Annual report on the working of the lock hospitals in the North-Western Provinces and Oudh
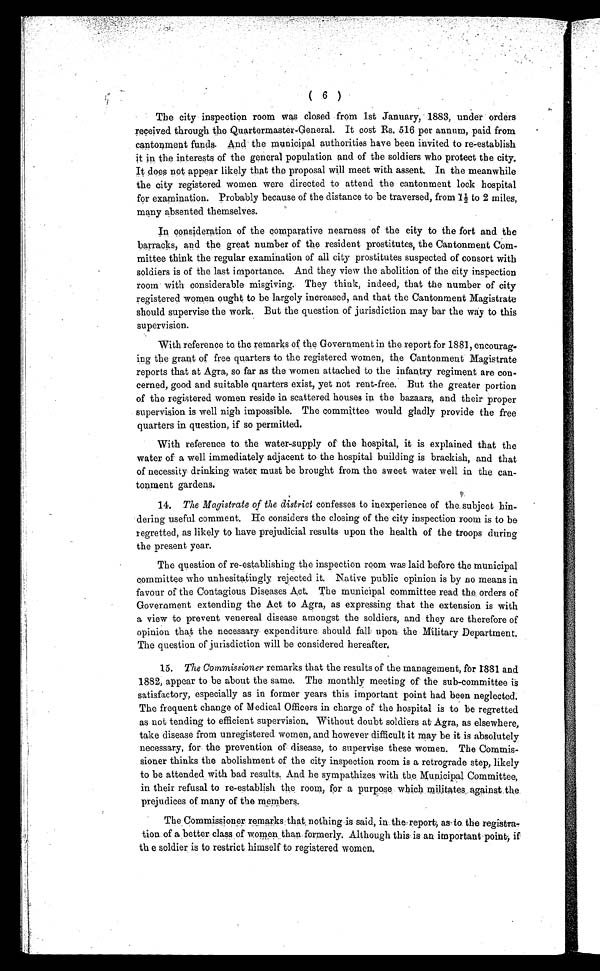
( 6 )
The city inspection room was closed from 1st January, 1883, under orders
received through the Quartermaster-General. It cost Es. 516 per annum, paid from
cantonment funds. And the Municipal authorities have been invited to re-establish
it in the interests of the general population and of the soldiers who protect the city.
It does not appear likely that the proposal will meet with assent. In the meanwhile
the city registered women were directed to attend the cantonment lock hospital
for examination. Probably because of the distance to be traversed, from 1½ to 2 miles,
many absented themselves.
In consideration of the comparative nearness of the city to the fort and the
barracks, and the great number of the resident prostitutes, the Cantonment Com-
mittee think the regular examination of all city prostitutes suspected of consort with
soldiers is of the last importance. And they view the abolition of the city inspection
room with considerable misgiving. They think, indeed, that the number of city
registered women ought to be largely increased, and that the Cantonment Magistrate
should supervise the work. But the question of jurisdiction may bar the way to this
supervision.
With reference to the remarks of the Government in the report for 1881, encourag
- i n g t h e g r a n t o f f r e e q u a r t e r s t o t h e r e g i s t e r e d w o m e n , t h e C a n t o n m e n t M a g i s t r a t e
reports that at Agra, so far as the women attached to the infantry regiment are con-
cerned, good and suitable quarters exist, yet not rent-free. But the greater portion
of the registered women reside in scattered houses in the bazaars, and their proper
supervision is well nigh impossible. The committee would gladly provide the free
quarters in question, if so permitted.
With reference to the water-supply of the hospital, it is explained that the
water of a well immediately adjacent to the hospital building is brackish, and that
of necessity drinking water must be brought from the sweet water well in the can-
tonment gardens.
14. The Magistrate of the district confesses to inexperience of the subject hin-
dering useful comment. He considers the closing of the city inspection room is to be
regretted, as likely to have prejudicial results upon the health of the troops during
the present year.
The question of re-establishing the inspection room was laid before the municipal
committee who unhesitatingly rejected it. Native public opinion is by no means in
favour of the Contagious Diseases Act. The municipal committee read the orders of
Government extending the Act to Agra, as expressing that the extension is with
a view to prevent venereal disease amongst the soldiers, and they are therefore of
opinion that the necessary expenditure should fall upon the Military Department.
The question of jurisdiction will be considered hereafter.
15. The Commissioner remarks that the results of the management, for 1881 and
1882, appear to be about the same. The monthly meeting of the sub-committee is
satisfactory, especially as in former years this important point had been neglected.
The frequent change of Medical Officers in charge of the hospital is to be regretted
as not tending to efficient supervision. Without doubt soldiers at Agra, as elsewhere,
take disease from unregistered women, and however difficult it may be it is absolutely
necessary, for the prevention of disease, to supervise these women. The Commis-
sioner thinks the abolishment of the city inspection room is a retrograde step, likely
to be attended with bad results. And he sympathizes with .the Municipal Committee,
in their refusal to re-establish the room, for a purpose which militates . against the
prejudices of many of the members.
The Commissioner remarks that; nothing is said, in the-report; as-to the registra-
tion of a better class of women than. formerly. Although this is an important point, if
the soldier is to restrict himself to registered women.